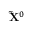
\mathbf { \widetilde X } ^ { 0 }